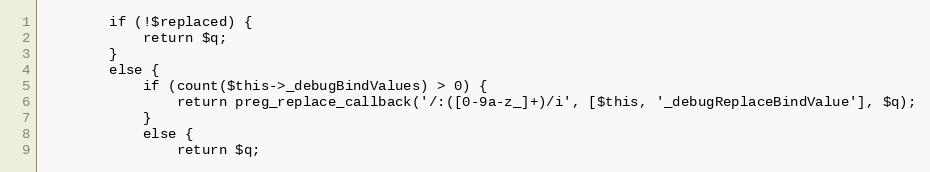
Language: PHP
        if (!$replaced) {
            return $q;
        }
        else {
            if (count($this->_debugBindValues) > 0) {
                return preg_replace_callback('/:([0-9a-z_]+)/i', [$this, '_debugReplaceBindValue'], $q);
            }
            else {
                return $q;